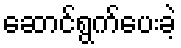
ဆောင်ရွက်ပေးခဲ့